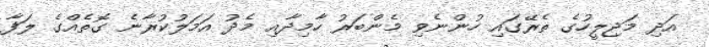
އަދި މަޖިލީހުގެ ތެރޭގައި ހުންނެވި މެންބަރު ހާމިދާއި މެދު އަމަލުކުރާނެ ގޮތެއްގެ ލަފާ